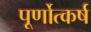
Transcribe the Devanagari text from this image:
पूर्णोत्कर्ष